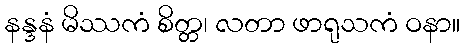
နန္ဒနံ မိဿကံ စိတ္တ၊ လတာ ဖာရုသကံ ဝနာ။